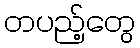
တပည့်တွေ